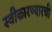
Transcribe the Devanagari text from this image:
स्वीेकारण्यारची